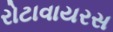
રોટાવાયરસ